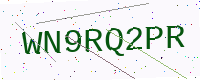
Text: WN9RQ2PR